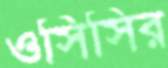
ওসিসির